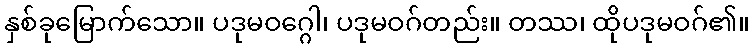
နှစ်ခုမြောက်သော။ ပဒုမဝဂ္ဂေါ၊ ပဒုမဝဂ်တည်း။ တဿ၊ ထိုပဒုမဝဂ်၏။